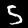
Digit: 5